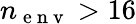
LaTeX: n_{\mathrm{~e~n~v~}}>16